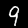
Label: 9